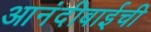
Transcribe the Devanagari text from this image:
आनंदीबाईची